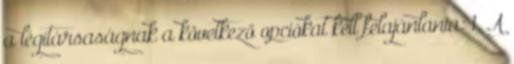
a légitársaságnak a következő opciókat kell felajánlania: 1. A